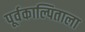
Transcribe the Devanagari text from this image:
पूर्वकाल्पिताला